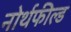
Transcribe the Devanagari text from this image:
नोर्थफील्ड